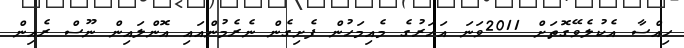
ހިއްސާ އެކުލެވޭގޮތަށް 2011ވަނަ އަހަރުގެ މެއިމަހުން ފެށިގެން ނެރެމުންއައި އޮންލައިން ނޫސް ރެއިން